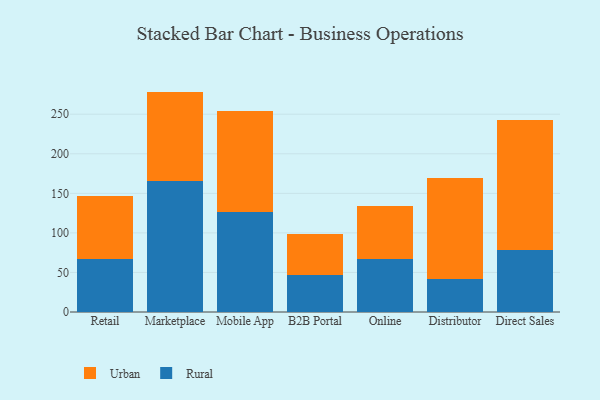
{"axis": {"x": "Channel", "y": "Website Visitors"}, "legend": ["Rural", "Urban"], "data": [{"x": "Retail", "y": 67.1, "type": "Rural"}, {"x": "Retail", "y": 79.1, "type": "Urban"}, {"x": "Marketplace", "y": 166.1, "type": "Rural"}, {"x": "Marketplace", "y": 112.5, "type": "Urban"}, {"x": "Mobile App", "y": 126.1, "type": "Rural"}, {"x": "Mobile App", "y": 128.4, "type": "Urban"}, {"x": "B2B Portal", "y": 46.3, "type": "Rural"}, {"x": "B2B Portal", "y": 52.4, "type": "Urban"}, {"x": "Online", "y": 66.9, "type": "Rural"}, {"x": "Online", "y": 66.8, "type": "Urban"}, {"x": "Distributor", "y": 42.0, "type": "Rural"}, {"x": "Distributor", "y": 127.7, "type": "Urban"}, {"x": "Direct Sales", "y": 77.9, "type": "Rural"}, {"x": "Direct Sales", "y": 165.1, "type": "Urban"}]}